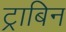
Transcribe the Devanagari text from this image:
ट्राबिन